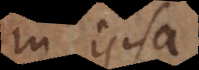
in ipsa